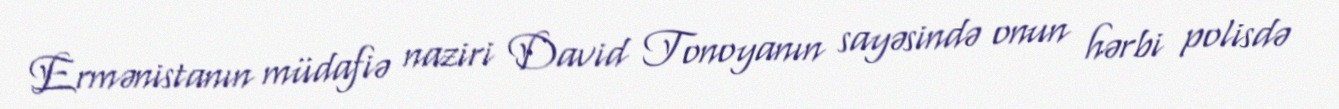
Ermənistanın müdafiə naziri David Tonoyanın sayəsində onun hərbi polisdə